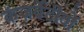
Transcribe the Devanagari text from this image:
कंज़र्वेटीवों